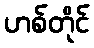
ဟစ်တိုင်